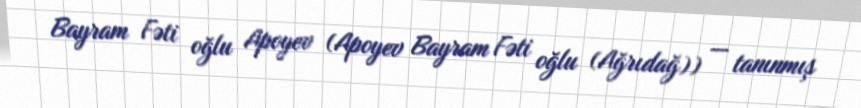
Bayram Fəti oğlu Apoyev (Apoyev Bayram Fəti oğlu (Ağrıdağ)) — tanınmış